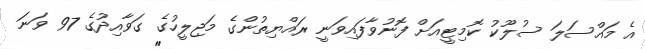
އެ މައްސަލަ ސުލޫކު ކޮމިޓީއަށް ފޮނުވާފައިވަނީ ރައްޔިތުންގެ މަޖިލީހުގެ ގަވާއިދުގެ 97 ވަނަ